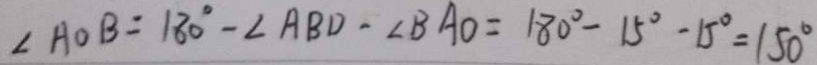
\angle A O B = 1 8 0 ^ { \circ } - \angle A B D - \angle B A O = 1 8 0 ^ { \circ } - 1 5 ^ { \circ } - 1 5 ^ { \circ } = 1 5 0 ^ { \circ }